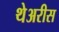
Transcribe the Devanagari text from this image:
थेअरीस